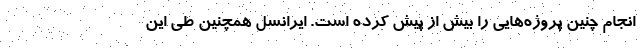
انجام چنین پروژه‌هایی را بیش از پیش کرده است. ایرانسل همچنین طی این